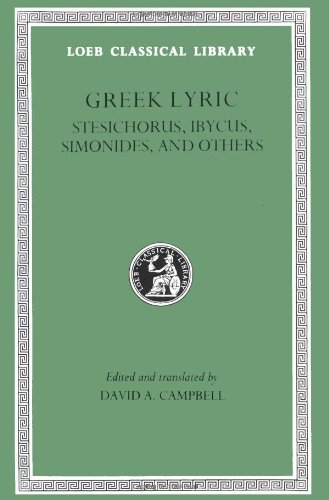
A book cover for Greek Lyric, Volume III, Stesichorus, Ibycus, Simonides, and Others (Loeb Classical Library No. 476); Stesichorus; Literature & Fiction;